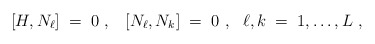
\begin{align*}\left[ H, N_\ell\right] \;=\; 0~,~~\left[ N_\ell, N_k\right] \;=\;0~,~~\ell, k \;=\; 1,\ldots,L~,\end{align*}